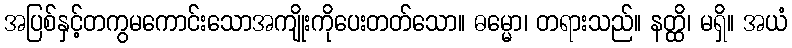
အပြစ်နှင့်တကွမကောင်းသောအကျိုးကိုပေးတတ်သော။ ဓမ္မော၊ တရားသည်။ နတ္ထိ၊ မရှိ။ အယံ